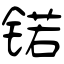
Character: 锘